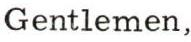
Gentlemen,